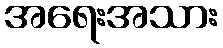
အရေးအသား